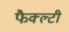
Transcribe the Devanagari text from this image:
फैक्ल्टी